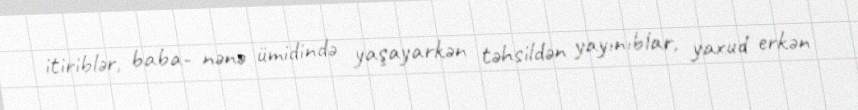
itiriblər, baba- nənə ümidində yaşayarkən təhsildən yayınıblar, yaxud erkən